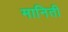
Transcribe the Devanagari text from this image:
मानिती